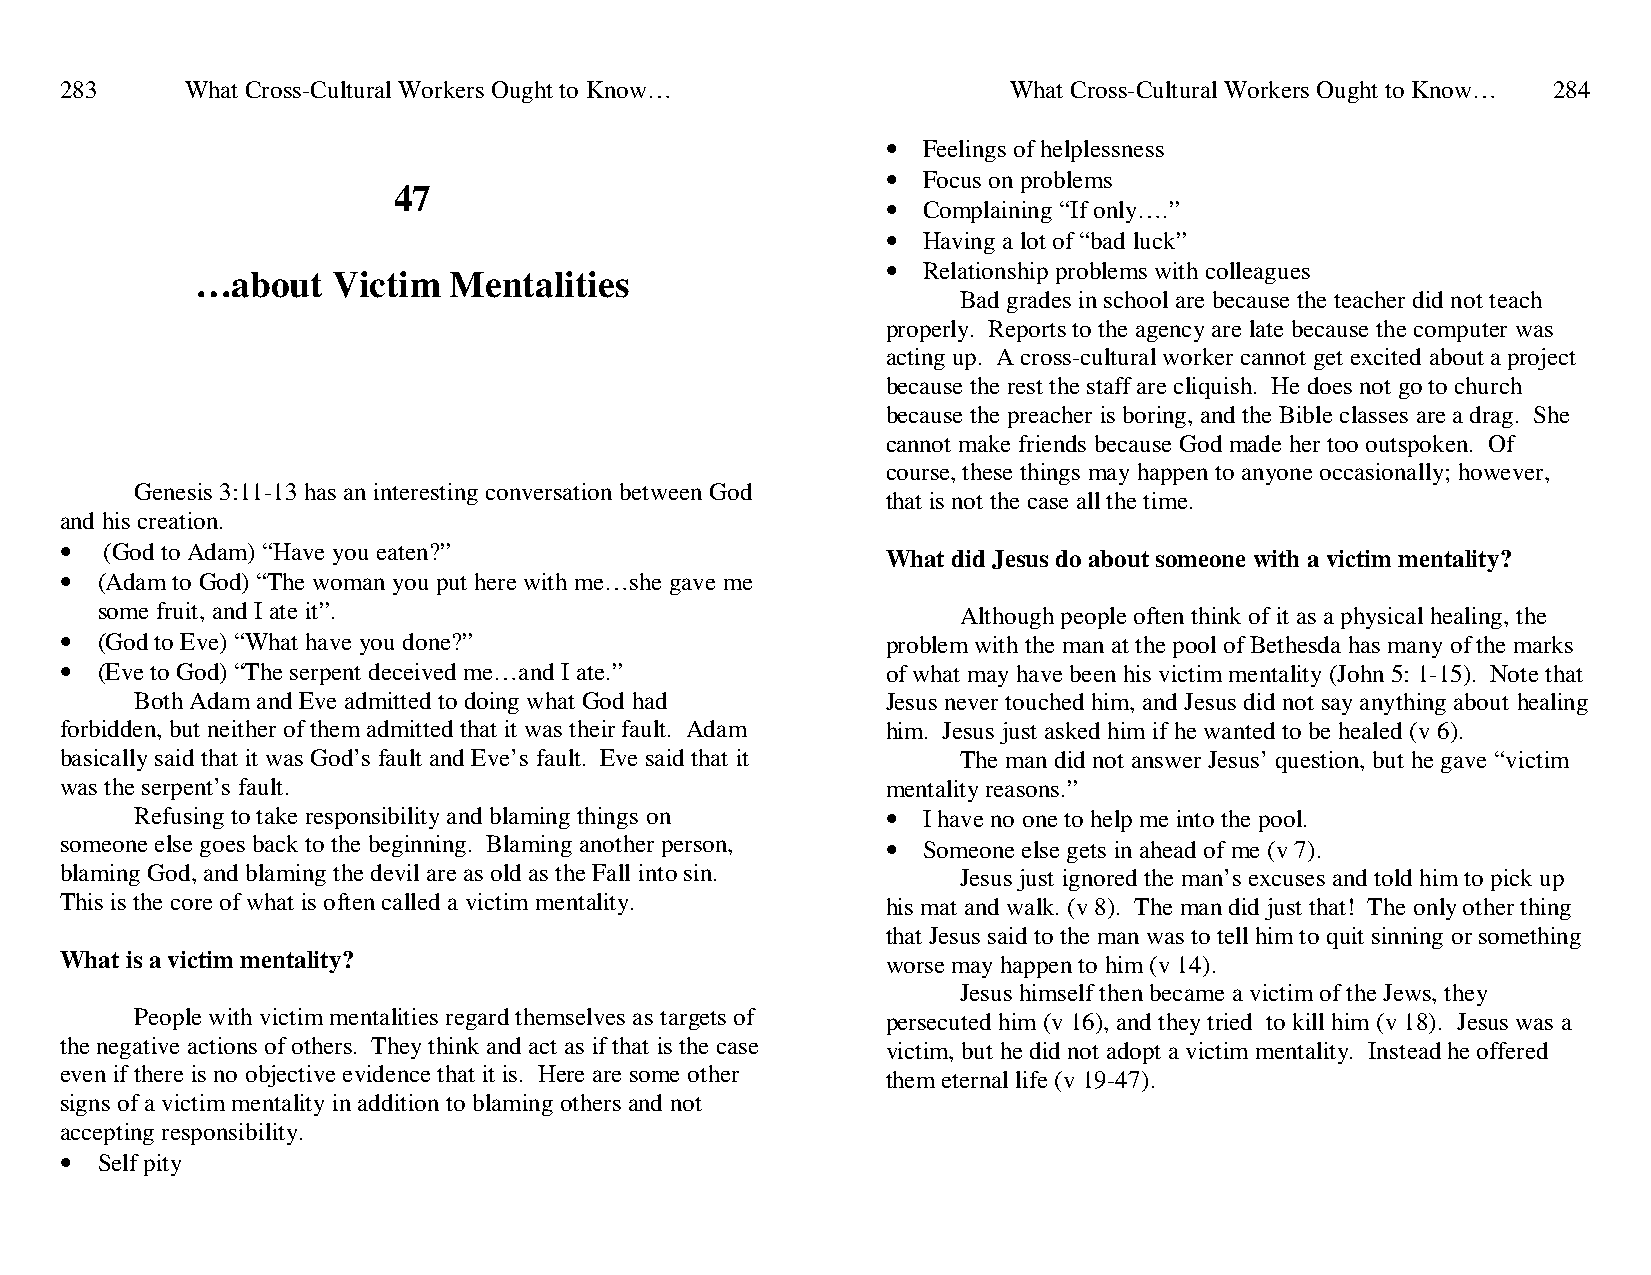
283     What Cross-Cultural Workers Ought to Know…             What Cross-Cultural Workers Ought to Know… 284
 • Feelings of helplessness
 • Focus on problems
 47
 • Complaining “If only….”
 • Having a lot of “bad luck”
 • Relationship problems with colleagues
 …about   Victim  Mentalities
 Bad grades in school are because the teacher did not teach
 properly. Reports to the agency are late because the computer was
 acting up. A cross-cultural worker cannot get excited about a project
 because the rest the staff are cliquish. He does not go to church
 because the preacher is boring, and the Bible classes are a drag. She
 cannot make friends because God made her too outspoken. Of
 course, these things may happen to anyone occasionally; however,
 Genesis 3:11-13 has an interesting conversation between God
 that is not the case all the time.
 and his creation.
 •  (God to Adam) “Have you eaten?”
 What did Jesus do about someone with a victim mentality?
 • (Adam to God) “The woman you put here with me…she gave me
 some fruit, and I ate it”.                                Although people often think of it as a physical healing, the
 • (God to Eve) “What have you done?”                   problem with the man at the pool of Bethesda has many of the marks
 • (Eve to God) “The serpent deceived me…and I ate.”    of what may have been his victim mentality (John 5: 1-15). Note that
 Both Adam and Eve admitted to doing what God had  Jesus never touched him, and Jesus did not say anything about healing
 forbidden, but neither of them admitted that it was their fault. Adam him. Jesus just asked him if he wanted to be healed (v 6).
 basically said that it was God’s fault and Eve’s fault. Eve said that it The man did not answer Jesus’ question, but he gave “victim
 was the serpent’s fault.                               mentality reasons.”
 Refusing to take responsibility and blaming things on • I have no one to help me into the pool.
 someone else goes back to the beginning. Blaming another person, • Someone else gets in ahead of me (v 7).
 blaming God, and blaming the devil are as old as the Fall into sin. Jesus just ignored the man’s excuses and told him to pick up
 This is the core of what is often called a victim mentality. his mat and walk. (v 8). The man did just that! The only other thing
 that Jesus said to the man was to tell him to quit sinning or something
 What is a victim mentality?                            worse may happen to him (v 14).
 Jesus himself then became a victim of the Jews, they
 People with victim mentalities regard themselves as targets of persecuted him (v 16), and they tried to kill him (v 18). Jesus was a
 the negative actions of others. They think and act as if that is the case victim, but he did not adopt a victim mentality. Instead he offered
 even if there is no objective evidence that it is. Here are some other them eternal life (v 19-47).
 signs of a victim mentality in addition to blaming others and not
 accepting responsibility.
 • Self pity